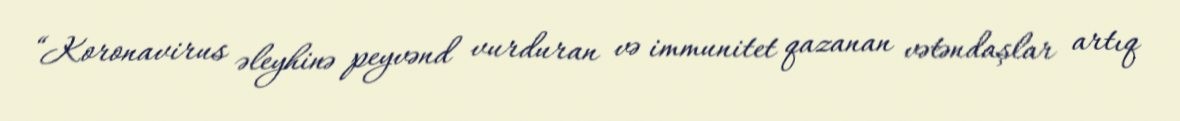
“Koronavirus əleyhinə peyvənd vurduran və immunitet qazanan vətəndaşlar artıq